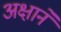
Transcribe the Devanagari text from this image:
अक्षाने